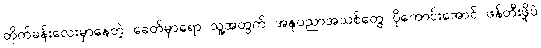
တိုက်ခန်းလေးမှာနေတဲ့ ခေတ်မှာရော သူ့အတွက် အနုပညာအသစ်တွေ ပိုကောင်းအောင် ဖန်တီးဖို့ပဲ